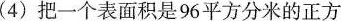
(4)把一个表面积是96平方分米的正方